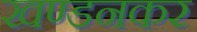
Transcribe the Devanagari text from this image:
खण्डनकर